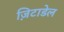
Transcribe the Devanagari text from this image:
ज़िटाडेल